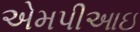
એમપીઆઇ